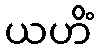
ယဟိံ